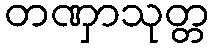
တဏှာသုတ္တ